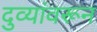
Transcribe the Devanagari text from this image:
दुव्यांवरून